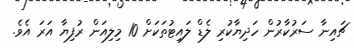
ޗައިނާ ސަރުކާރުން ހަދިޔާކުރި ލެޑް ލައިޓުތަކަށް 10 މިލިއަން ރުފިޔާ އަރަ އެވެ.